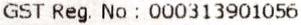
GST REG. NO : 000313901056